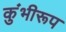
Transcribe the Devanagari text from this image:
कुंभीरूप